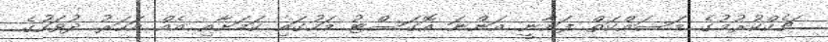
ޗެކްކުރުމުގެ މަސައްކަތް ފަށާނީ އަންނަ އޮގަސްޓު މަހުގައި ކަމަށާއި އެއް އަހަރު ދުވަހުގެ